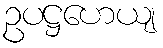
ဥပဋ္ဌဟေယျ